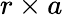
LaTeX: r\times a